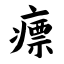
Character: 瘭